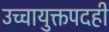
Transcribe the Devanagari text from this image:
उच्चायुक्तपदही